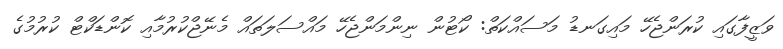
ވަޒީފާގައި ކުރަންޖެހޭ މައިގަނޑު މަސައްކަތް: ކޯޓުން ނިންމަންޖެހޭ މައްސަލަތައް މެނޭޖްކުރުމާއި ކޮންޑަކްޓް ކުރުމުގެ